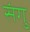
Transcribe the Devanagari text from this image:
संगु